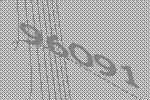
96091